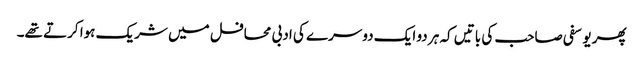
پھر یوسفی صاحب کی باتیں کہ ہر دو ایک دوسرے کی ادبی محافل میں شریک ہوا کرتے تھے۔